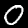
Digit: 0